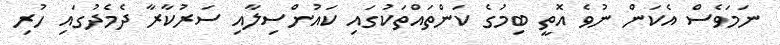
ނަމަވެސް އެކަން ނުވެ އޮތީ ބިމުގެ ކަންތައްތަކުގައި ކައުންސިލާއި ސަރުކާރާ ދެމެދުގައި ހުރި